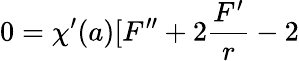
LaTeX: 0=\chi^{\prime}(a)[F^{\prime\prime}+2\frac{F^{\prime}}r-2